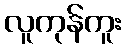
လူကုန်ကူး